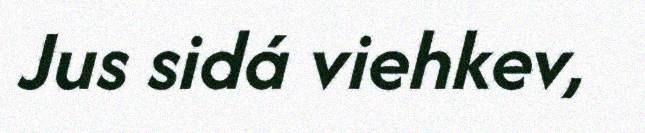
Jus sidá viehkev,